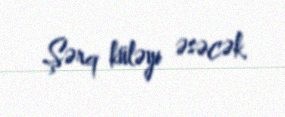
Şərq küləyi əsəcək.